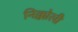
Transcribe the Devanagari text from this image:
निक्कोली